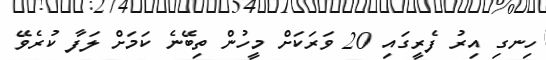
ހިނގި އިރު ފެރީގައި 20 ވަރަކަށް މީހުން ތިބޭނެ ކަމަށް ލަފާ ކުރެވޭ